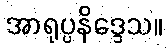
အာရုပ္ပနိဒ္ဒေသ။